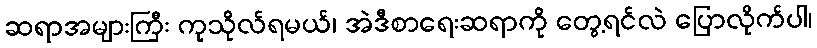
ဆရာအများကြီး ကုသိုလ်ရမယ်၊ အဲဒီစာရေးဆရာကို တွေ့ရင်လဲ ပြောလိုက်ပါ၊